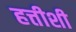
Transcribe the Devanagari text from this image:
हत्तीशी